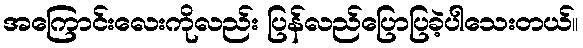
အကြောင်းလေးကိုလည်း ပြန်လည်ပြောပြခဲ့ပါသေးတယ်။